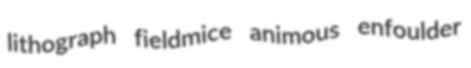
lithograph fieldmice animous enfoulder